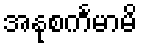
အနုစင်္ကမာမိ